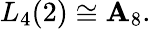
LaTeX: L_{4}(2)\cong\mathbf{A}_{8}.